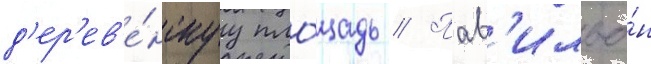
д'ер'ев'е́нскуу пло́щадь // Пав'ильо́н